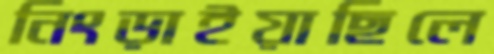
নিংড়াইয়াছিলে